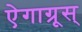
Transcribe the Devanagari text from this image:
ऐगाग्रूस्